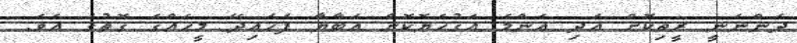
ދަންނަނީ ރީތިކޮށް އަދި އެންމެ އަގުހެޔޮކޮށް އަބާޔާ ފަހައިދޭ މީހެއްގެ ގޮތުގަ އެވެ.